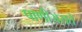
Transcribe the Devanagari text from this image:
पाणीअसते